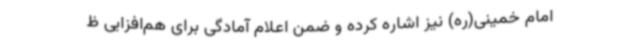
امام خمینی(ره) نیز اشاره کرده و ضمن اعلام آمادگی برای هم‌افزایی ظ